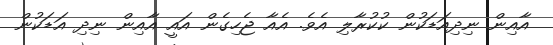
އާއިން ނިދިއަޑަކުން ކުކުރާލި އެވެ. އެއާ ޖެހިގެން އައީ އާއިން ނިދި އަޑަކުން